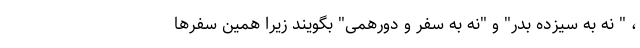
، " نه به سیزده‌ بدر" و "نه به سفر و دورهمی" بگویند زیرا همین سفرها